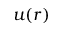
u ( r )